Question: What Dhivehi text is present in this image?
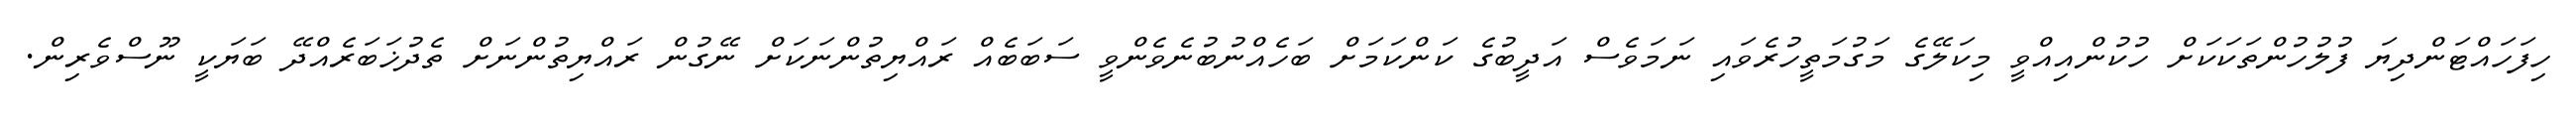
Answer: ހިފަހައްޓަންދިޔަ ފުލުހުންތަކަކަށް ހުކުންއިއްވީ މިކަލޭގެ މަގުމަތީހުރެވައި ނަމަވެސް އަދީބުގެ ކަންކަމަށް ބަހެއްނުބުނެވެންވީ ސަބަބެއް ރައްޔިތުންނަކަށް ނޭގުން ރައްޔިތުންނަށް ތެދުޚަބަރެއްދޭ ބަޔަކީ ނޫސްވެރިން.